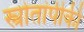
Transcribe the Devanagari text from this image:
स्त्रोतांपीकी